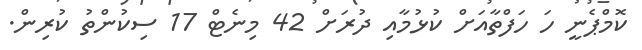
ކޮމްޕެނީ ހަ ހަފްތާއަށް ކުޅުމާއި ދުރަށް 42 މިނެޓް 17 ސިކުންތު ކުރިން.